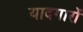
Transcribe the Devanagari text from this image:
यादगारों